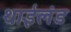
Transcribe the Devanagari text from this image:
थाईलंड